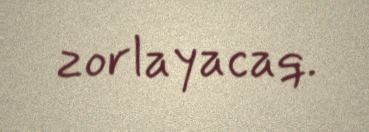
zorlayacaq.